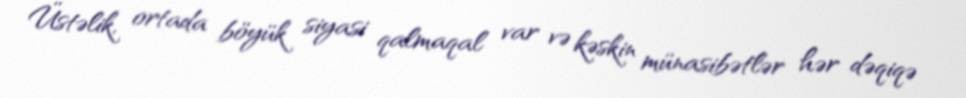
Üstəlik, ortada böyük siyasi qalmaqal var və kəskin münasibətlər hər dəqiqə